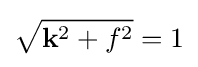
{\sqrt {{\bf {k}}^{2}+f^{2}}}=1